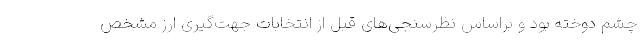
چشم دوخته بود و براساس نظرسنجی‌های قبل از انتخابات جهت‌گیری ارز مشخص